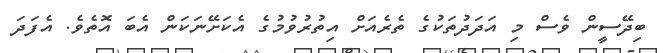
ބިދޭސީން ވެސް މި އަދަދުތަކުގެ ތެރެއަށް އިތުރުވުމުގެ އެކަށޭނަކަން އެބަ އޮތެވެ. އެފަދަ